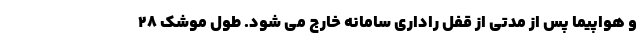
و هواپیما پس از مدتی از قفل راداری سامانه خارج می شود. طول موشک ۲۸